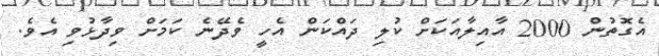
އެގޮތުން 2000 އާއިލާއަކަށް ކުލި ދައްކަން އެހީ ވެދޭނެ ކަމަށް ވިދާޅުވި އެވެ.